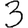
Digit: 3